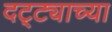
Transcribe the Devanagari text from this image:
दट्ट्याच्या